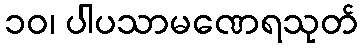
၁၀၊ ပါပသာမဏေရသုတ်